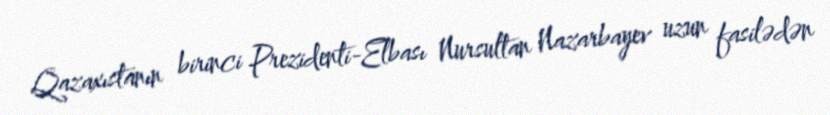
Qazaxıstanın birinci Prezidenti-Elbası Nursultan Nazarbayev uzun fasilədən